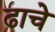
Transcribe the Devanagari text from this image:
ढाचे